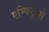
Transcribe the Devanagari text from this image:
एम्फिट्रूओ